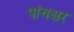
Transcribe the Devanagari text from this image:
पांचक्षर